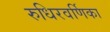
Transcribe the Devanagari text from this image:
रुधिरवर्णिका